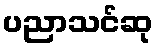
ပညာသင်ဆု